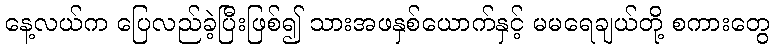
နေ့လယ်က ပြေလည်ခဲ့ပြီးဖြစ်၍ သားအဖနှစ်ယောက်နှင့် မမရေချယ်တို့ စကားတွေ